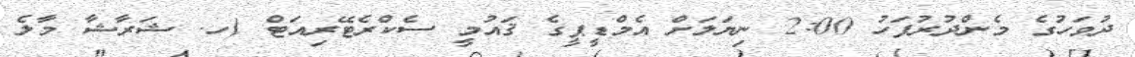
ދުވަހުގެ މެންދުރުފަހު 2:00 ނިޔަލަށް އެމްޑީޕީގެ ޤައުމީ ސެކްރެޓޭރިއަޓް (ހ. ޝަރާޝާ މާލެ